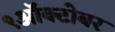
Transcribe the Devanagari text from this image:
९ऑक्टोबर